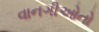
વાનગીઓતો